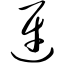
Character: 迓